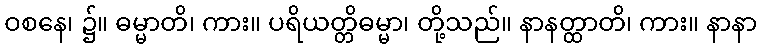
ဝစနေ၊ ၌။ ဓမ္မာတိ၊ ကား။ ပရိယတ္တိဓမ္မာ၊ တို့သည်။ နာနတ္ထာတိ၊ ကား။ နာနာ